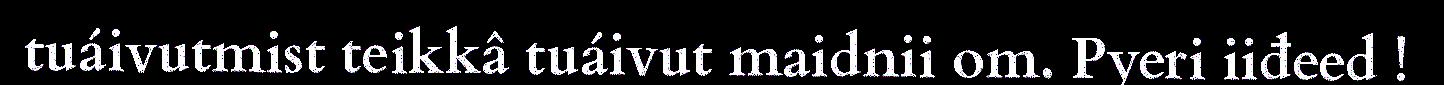
tuáivutmist teikkâ tuáivut maidnii om. Pyeri iiđeed !